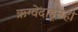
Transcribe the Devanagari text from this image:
ऋग्वेदाहूनही